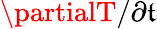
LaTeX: \partialT/\partial\mathfrak{t}